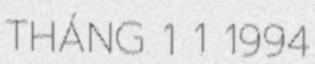
THÁNG 1 1 1994